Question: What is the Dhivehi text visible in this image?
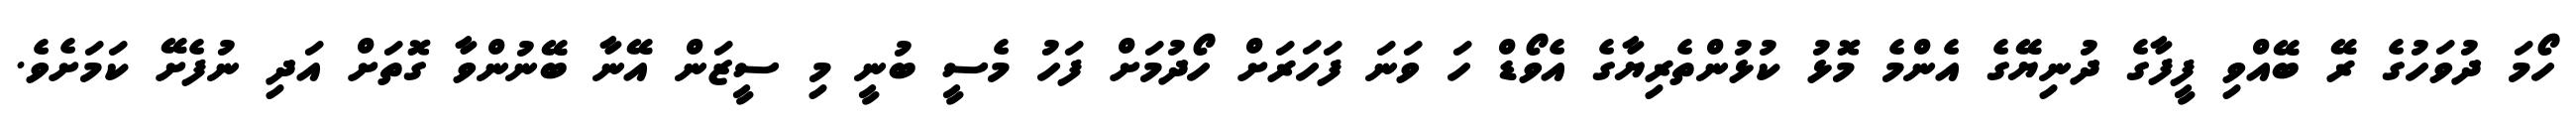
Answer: ހޯމަ ދުވަހުގެ ރޭ ބޭއްވި ފީފާގެ ދުނިޔޭގެ އެންމެ މޮޅު ކުޅުންތެރިޔާގެ އެވޯޑް ހަ ވަނަ ފަހަރަށް ހޯދުމަށް ފަހު މެސީ ބުނީ މި ސީޒަން އޭނާ ބޭނުންވާ ގޮތަށް އަދި ނުފެށޭ ކަމަށެވެ.